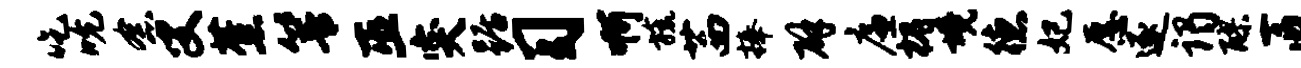
吃吮念叟蕉箐巫突踞习啊旒茜捧辟廉槐境德妃愿逐谒醪匠